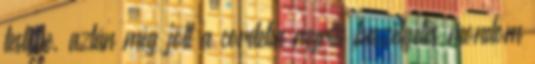
testébe, aztán még jött a cordelia myrtle beszélgetés mondom